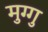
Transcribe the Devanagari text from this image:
मुग्गु